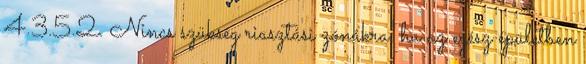
4.3.5.2. Nincs szükség riasztási zónákra, ha az egész épületben